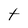
Character: t